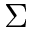
\Sigma